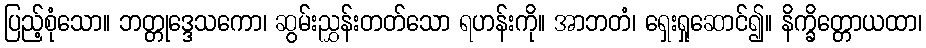
ပြည့်စုံသော။ ဘတ္တုဒ္ဒေသကော၊ ဆွမ်းညွှန်းတတ်သော ရဟန်းကို။ အာဘတံ၊ ရှေးရှုဆောင်၍။ နိက္ခိတ္တောယထာ၊